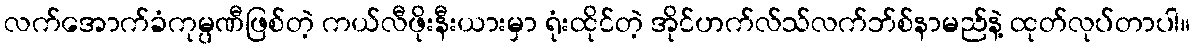
လက်အောက်ခံကုမ္ပဏီဖြစ်တဲ့ ကယ်လီဖိုးနီးယားမှာ ရုံးထိုင်တဲ့ အိုင်ဟက်လ်သ်လက်ဘ်စ်နာမည်နဲ့ ထုတ်လုပ်တာပါ။